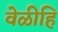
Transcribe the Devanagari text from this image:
वेळीहि